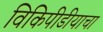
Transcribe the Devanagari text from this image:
विकिपीडीयाचा